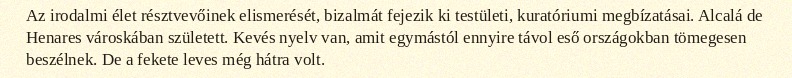
Az irodalmi élet résztvevőinek elismerését, bizalmát fejezik ki testületi, kuratóriumi megbízatásai. Alcalá de Henares városkában született. Kevés nyelv van, amit egymástól ennyire távol eső országokban tömegesen beszélnek. De a fekete leves még hátra volt.